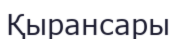
Қырансары